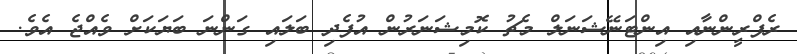
ރެފްރީންނާއި އިންޓަނޭޝަނަލް މެޗު ކޮމިޝަނަރުންް އުފެދި ބަލައި ގަންނަ ބަޔަކަށް ވެއްޖެ އެވެ.